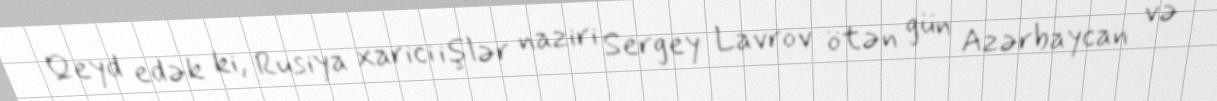
Qeyd edək ki, Rusiya xarici işlər naziri Sergey Lavrov ötən gün Azərbaycan və